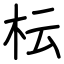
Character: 枟